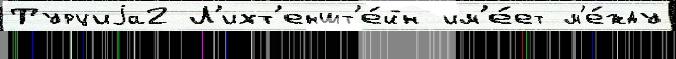
Турциjа2 Л'ихт'еншт'е́йн им'е́ет м'е́жду